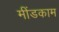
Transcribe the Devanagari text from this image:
मींडकाम